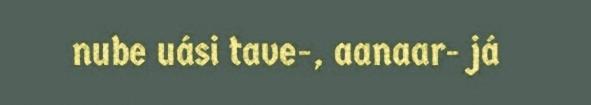
nube uási tave-, aanaar- já